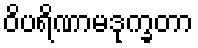
ဝိပရိဏာမဒုက္ခတာ